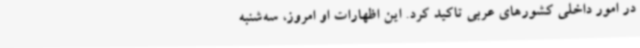
در امور داخلی کشورهای عربی تاکید کرد. این اظهارات او امروز، سه‌شنبه